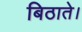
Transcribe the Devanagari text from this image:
बिठाते।